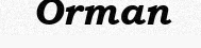
Orman